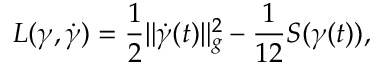
L ( \gamma , \dot { \gamma } ) = \frac { 1 } { 2 } \| \dot { \gamma } ( t ) \| _ { g } ^ { 2 } - \frac { 1 } { 1 2 } S ( \gamma ( t ) ) ,